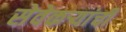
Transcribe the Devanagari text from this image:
सेवेकऱ्यांची